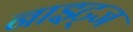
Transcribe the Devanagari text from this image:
नाइट्ज